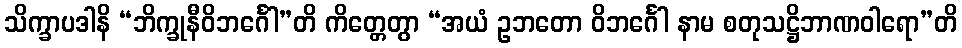
သိက္ခာပဒါနိ “ဘိက္ခုနီဝိဘင်္ဂေါ”တိ ကိတ္တေတွာ “အယံ ဥဘတော ဝိဘင်္ဂေါ နာမ စတုသဋ္ဌိဘာဏဝါရော”တိ